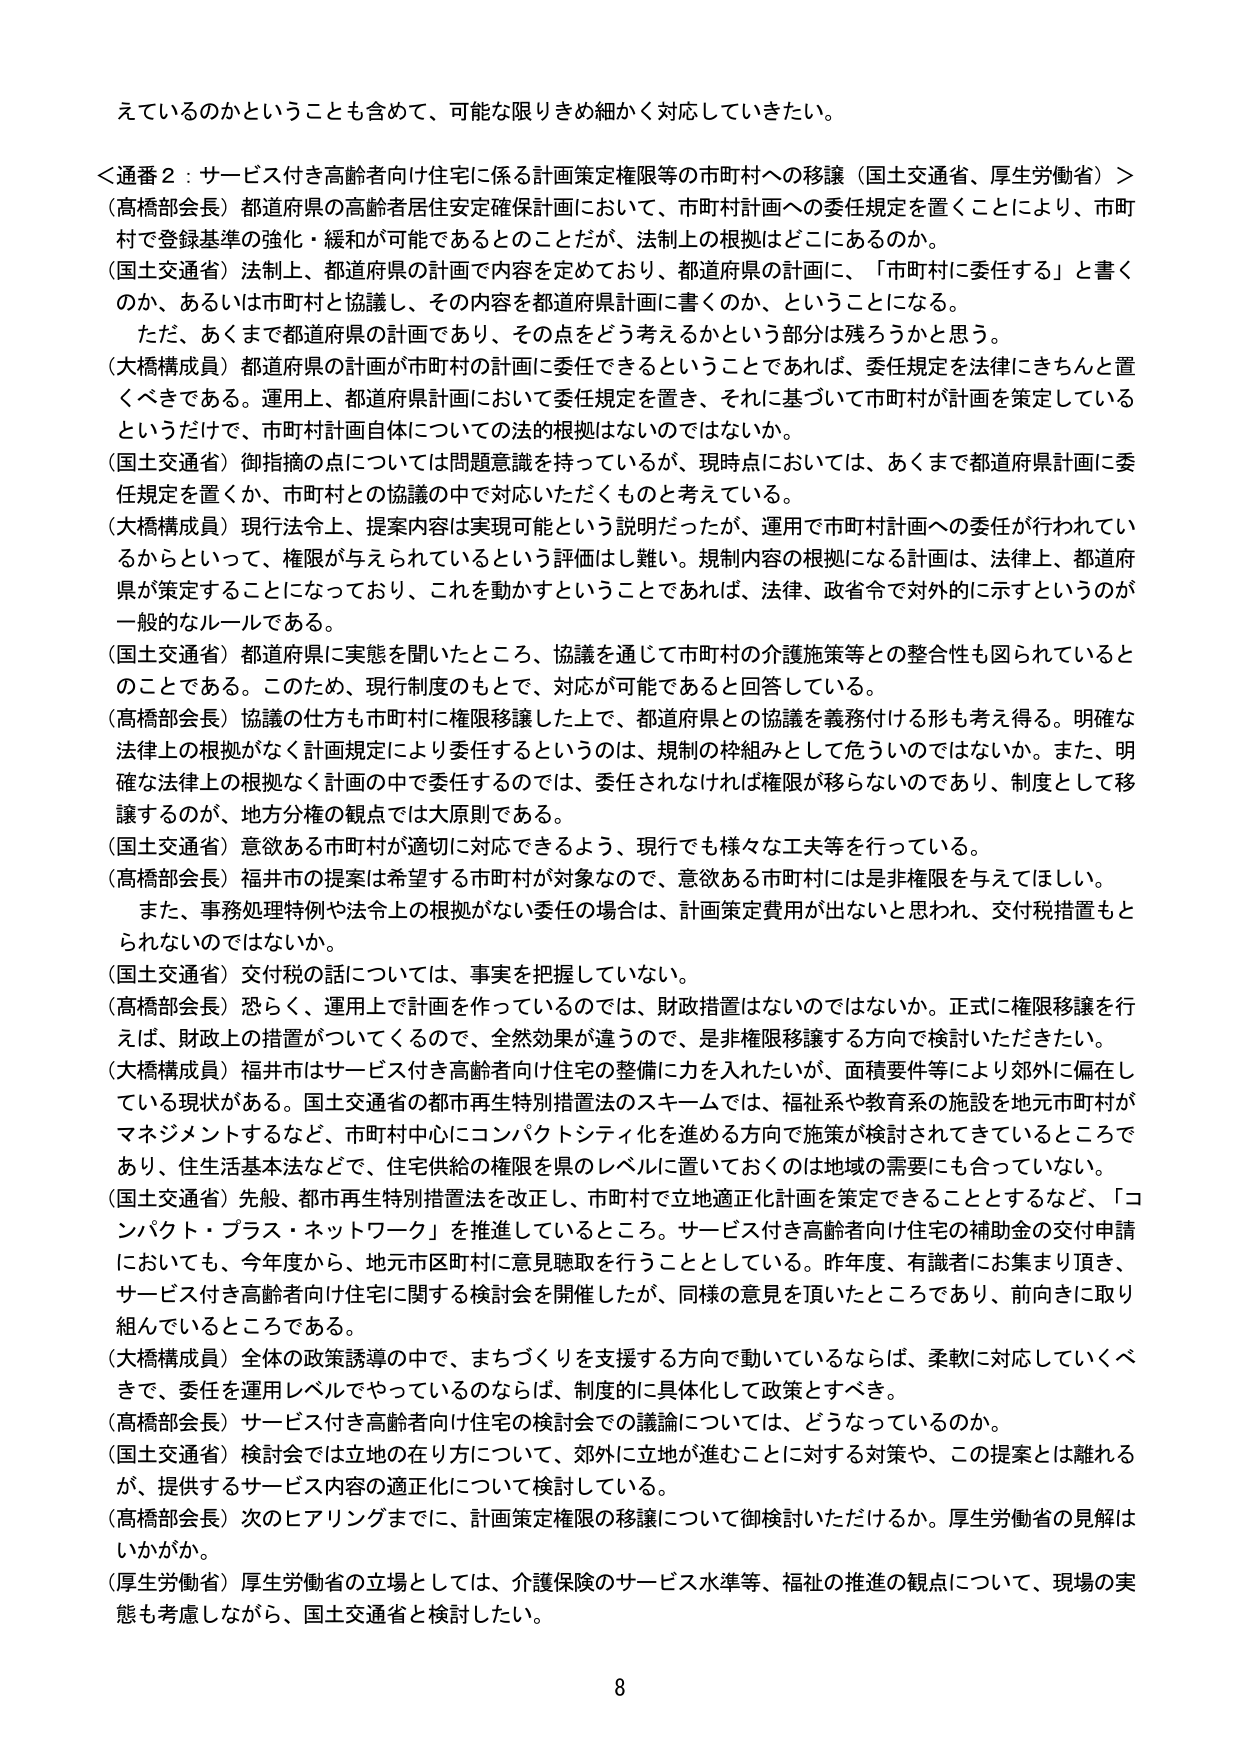
えているのかということも含めて、可能な限りきめ細かく対応していきたい。

＜通番2：サービス付き高齢者向け住宅に係る計画策定権限等の市町村への移譲（国土交通省、厚生労働省）＞
（高橋部会長）都道府県の高齢者居住安定確保計画において、市町村計画への委任規定を置くことにより、市町村で登録基準の強化・緩和が可能であるとのことだが、法制上の根拠はどこにあるのか。
（国土交通省）法制上、都道府県の計画で内容を定めており、都道府県の計画に、「市町村に委任する」と書くのか、あるいは市町村と協議し、その内容を都道府県計画に書くのか、ということになる。
　ただ、あくまで都道府県の計画であり、その点をどう考えるかという部分は残ろうかと思う。
（大橋構成員）都道府県の計画が市町村の計画に委任できるということであれば、委任規定を法律にきちんと置くべきである。運用上、都道府県計画において委任規定を置き、それに基づいて市町村が計画を策定しているというだけで、市町村計画自体についての法的根拠はないのではないか。
（国土交通省）御指摘の点については問題意識を持っているが、現時点においては、あくまで都道府県計画に委任規定を置くか、市町村との協議の中で対応いただくものと考えている。
（大橋構成員）現行法令上、提案内容は実現可能という説明だったが、運用で市町村計画への委任が行われているからといって、権限が与えられているという評価はし難い。規制内容の根拠になる計画は、法律上、都道府県が策定することになっており、これを動かすということであれば、法律、政省令で対外的に示すというのが一般的なルールである。
（国土交通省）都道府県に実態を聞いたところ、協議を通じて市町村の介護施策等との整合性も図られているとのことである。このため、現行制度のもとで、対応が可能であると回答している。
（高橋部会長）協議の仕方も市町村に権限移譲した上で、都道府県との協議を義務付ける形も考え得る。明確な法律上の根拠がなく計画規定により委任するというのは、規制の枠組みとして危ういのではないか。また、明確な法律上の根拠なく計画の中で委任するのでは、委任されなければ権限が移らないのであり、制度として移譲するのが、地方分権の観点では大原則である。
（国土交通省）意欲ある市町村が適切に対応できるよう、現行でも様々な工夫等を行っている。
（高橋部会長）福井市の提案は希望する市町村が対象なので、意欲ある市町村には是非権限を与えてほしい。
　また、事務処理特例や法令上の根拠がない委任の場合は、計画策定費用が出ないと思われ、交付税措置もとられないのではないか。
（国土交通省）交付税の話については、事実を把握していない。
（高橋部会長）恐らく、運用上で計画を作っているのでは、財政措置はないのではないか。正式に権限移譲を行えば、財政上の措置がついてくるので、全然効果が違うので、是非権限移譲する方向で検討いただきたい。
（大橋構成員）福井市はサービス付き高齢者向け住宅の整備に力を入れたいが、面積要件等により郊外に偏在している現状がある。国土交通省の都市再生特別措置法のスキームでは、福祉系や教育系の施設を地元市町村がマネジメントするなど、市町村中心にコンパクトシティ化を進める方向で施策が検討されてきているところであり、住生活基本法などで、住宅供給の権限を県のレベルに置いておくのは地域の需要にも合っていない。
（国土交通省）先般、都市再生特別措置法を改正し、市町村で立地適正化計画を策定できることとするなど、「コンパクト・プラス・ネットワーク」を推進しているところ。サービス付き高齢者向け住宅の補助金の交付申請においても、今年度から、地元市区町村に意見聴取を行うこととしている。昨年度、有識者にお集まり頂き、サービス付き高齢者向け住宅に関する検討会を開催したが、同様の意見を頂いたところであり、前向きに取り組んでいるところである。
（大橋構成員）全体の政策誘導の中で、まちづくりを支援する方向で動いているならば、柔軟に対応していくべきで、委任を運用レベルでやっているのならば、制度的に具体化して政策とすべき。
（高橋部会長）サービス付き高齢者向け住宅の検討会での議論については、どうなっているのか。
（国土交通省）検討会では立地の在り方について、郊外に立地が進むことに対する対策や、この提案とは離れるが、提供するサービス内容の適正化について検討している。
（高橋部会長）次のヒアリングまでに、計画策定権限の移譲について御検討いただけるか。厚生労働省の見解はいかがか。
（厚生労働省）厚生労働省の立場としては、介護保険のサービス水準等、福祉の推進の観点について、現場の実態も考慮しながら、国土交通省と検討したい。

8